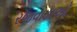
રજવાડાઓ